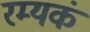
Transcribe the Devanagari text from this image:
रम्यकं